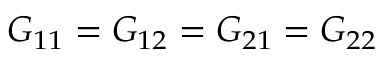
G _ { 1 1 } = G _ { 1 2 } = G _ { 2 1 } = G _ { 2 2 }